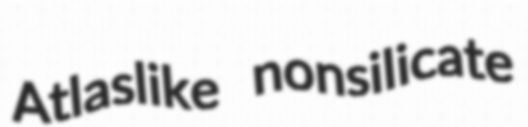
Atlaslike nonsilicate